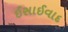
ઈસાઈવાદ